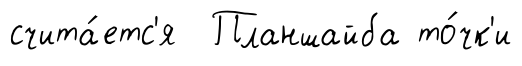
счита́етс'я Планшайба то́чк'и